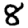
Digit: 8